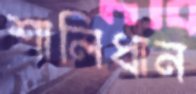
শালিধান